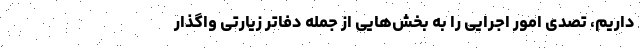
داریم، تصدی امور اجرایی را به بخش‌هایی از جمله دفاتر زیارتی واگذار